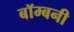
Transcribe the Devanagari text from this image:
बॉम्बनी